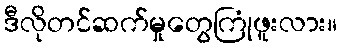
ဒီလိုတင်ဆက်မှုတွေကြုံဖူးလား။